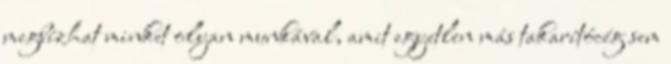
megbízhat minket olyan munkával, amit egyetlen más takarítócég sem